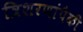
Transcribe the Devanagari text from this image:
त्रिशरणांपैकी